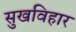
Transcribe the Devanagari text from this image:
सुखविहार